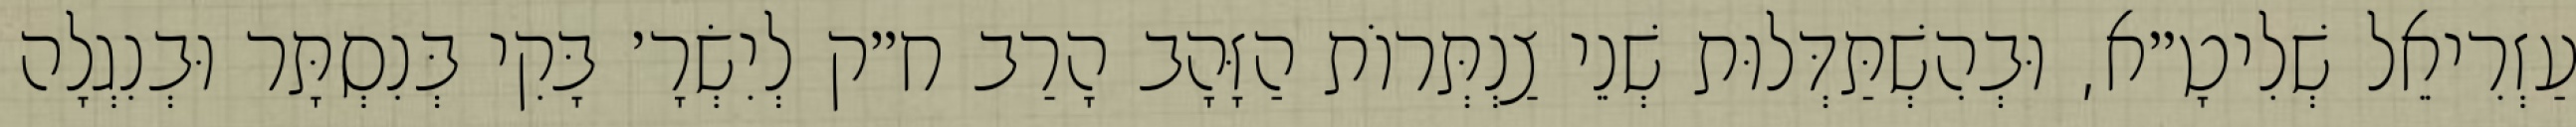
עַזְרִיאֵל שְׁלִיטָ״א, וּבְהִשְׁתַּדְּלוּת שְׁנֵי צַנְתְּרוֹת הַזָּהָב הָרַב ח״ק לְיִשְׂרָ׳ בָּקִי בְּנִסְתָּר וּבְנִגְלָה